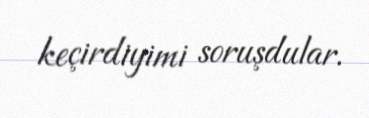
keçirdiyimi soruşdular.